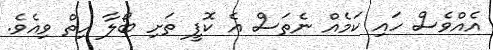
އެއްވެސް ހައި ކަމެއް ނެތަސް އެ ކޮފީ ތަށި ބޯލާ ހިތް ވިއެވެ.